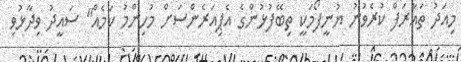
މިއަދު ތައާރަފް ކުރެވުނު ޔުނީފޯމަކީ ތިބޭފުޅުންގެ އެޕިއަރެންސަށް މުހިންމު ކަމެއް" ސައީދު ވިދާޅުވި